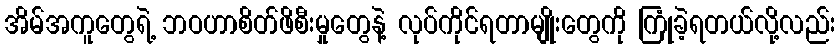
အိမ်အကူတွေရဲ့ ဘဝဟာစိတ်ဖိစီးမှုတွေနဲ့ လုပ်ကိုင်ရတာမျိုးတွေကို ကြုံခဲ့ရတယ်လို့လည်း